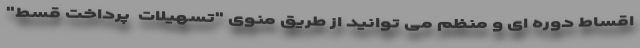
اقساط دوره ای و منظم می توانید از طریق منوی "تسهیلات  پرداخت قسط"